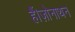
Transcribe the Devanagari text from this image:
हैं।ज़ोनाथन